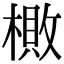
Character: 𬄎